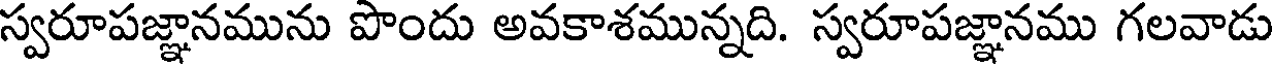
స్వరూపజ్ఞానమును పొందు అవకాశమున్నది. స్వరూపజ్ఞానము గలవాడు